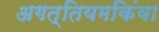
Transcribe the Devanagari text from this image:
अगत्तियमकिंवा